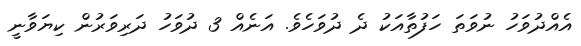
އެއްދުވަހު ނުވަތަ ހަފުތާއަކު ދެ ދުވަހެވެ. އަނެއް 3 ދުވަހު ދަރިވަރުން ކިޔަވާނީ